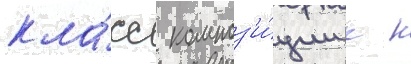
кла́сс композ'и́ции к н